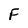
Character: F